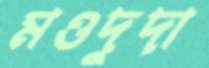
মওদুদা